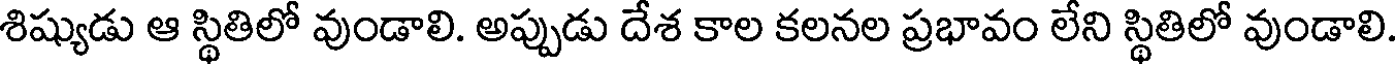
శిష్యుడు ఆ స్థితిలో వుండాలి. అప్పుడు దేశ కాల కలనల ప్రభావం లేని స్థితిలో వుండాలి.